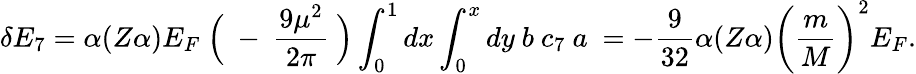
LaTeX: \delta E_{7}=\alpha(Z\alpha)E_{F}~\Bigl(~-~\frac{9\mu^{2}}{2\pi}~\Bigr)\int_{0}^{1}{dx}\int_{0}^{x}{dy}~b~c_{7}~a~=-\frac{9}{32}\alpha(Z\alpha)\biggl(\frac{m}{M}\biggr)^{2}E_{F}.